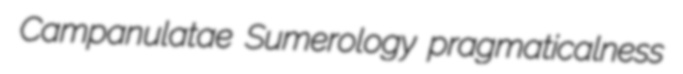
Campanulatae Sumerology pragmaticalness